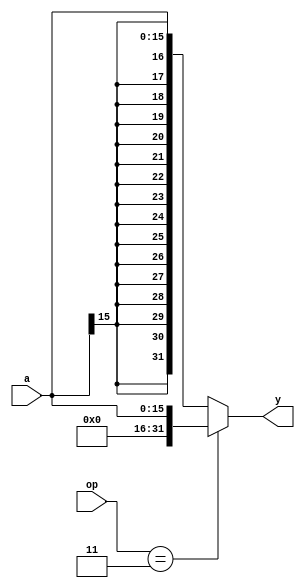

module signext(
    input  [15:0] a,
    input  [1:0] op,
    output [31:0] y
);
    
    assign y=( op == 2'b11 ) ? { {16{1'b0}},a } : {{16{a[15]}}, a}; 

endmodule